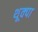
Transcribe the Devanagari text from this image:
थूक्‍पा